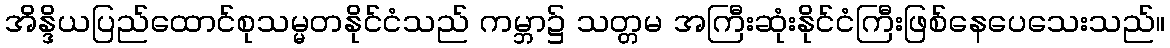
အိန္ဒိယပြည်ထောင်စုသမ္မတနိုင်ငံသည် ကမ္ဘာ၌ သတ္တမ အကြီးဆုံးနိုင်ငံကြီးဖြစ်နေပေသေးသည်။